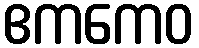
ဧကကေဝ